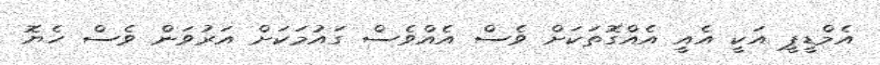
އެމްޑީޕީ އަކީ އެއީ އެެއްގޮތަކަށް ވެސް އެއްވެސް ގައުމަކަށް އަރުވަން ވެސް ހެޔޮ